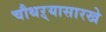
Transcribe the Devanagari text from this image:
चौथऱ्यासारखे